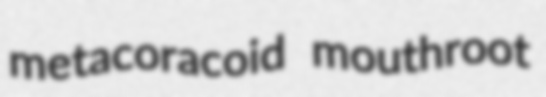
metacoracoid mouthroot